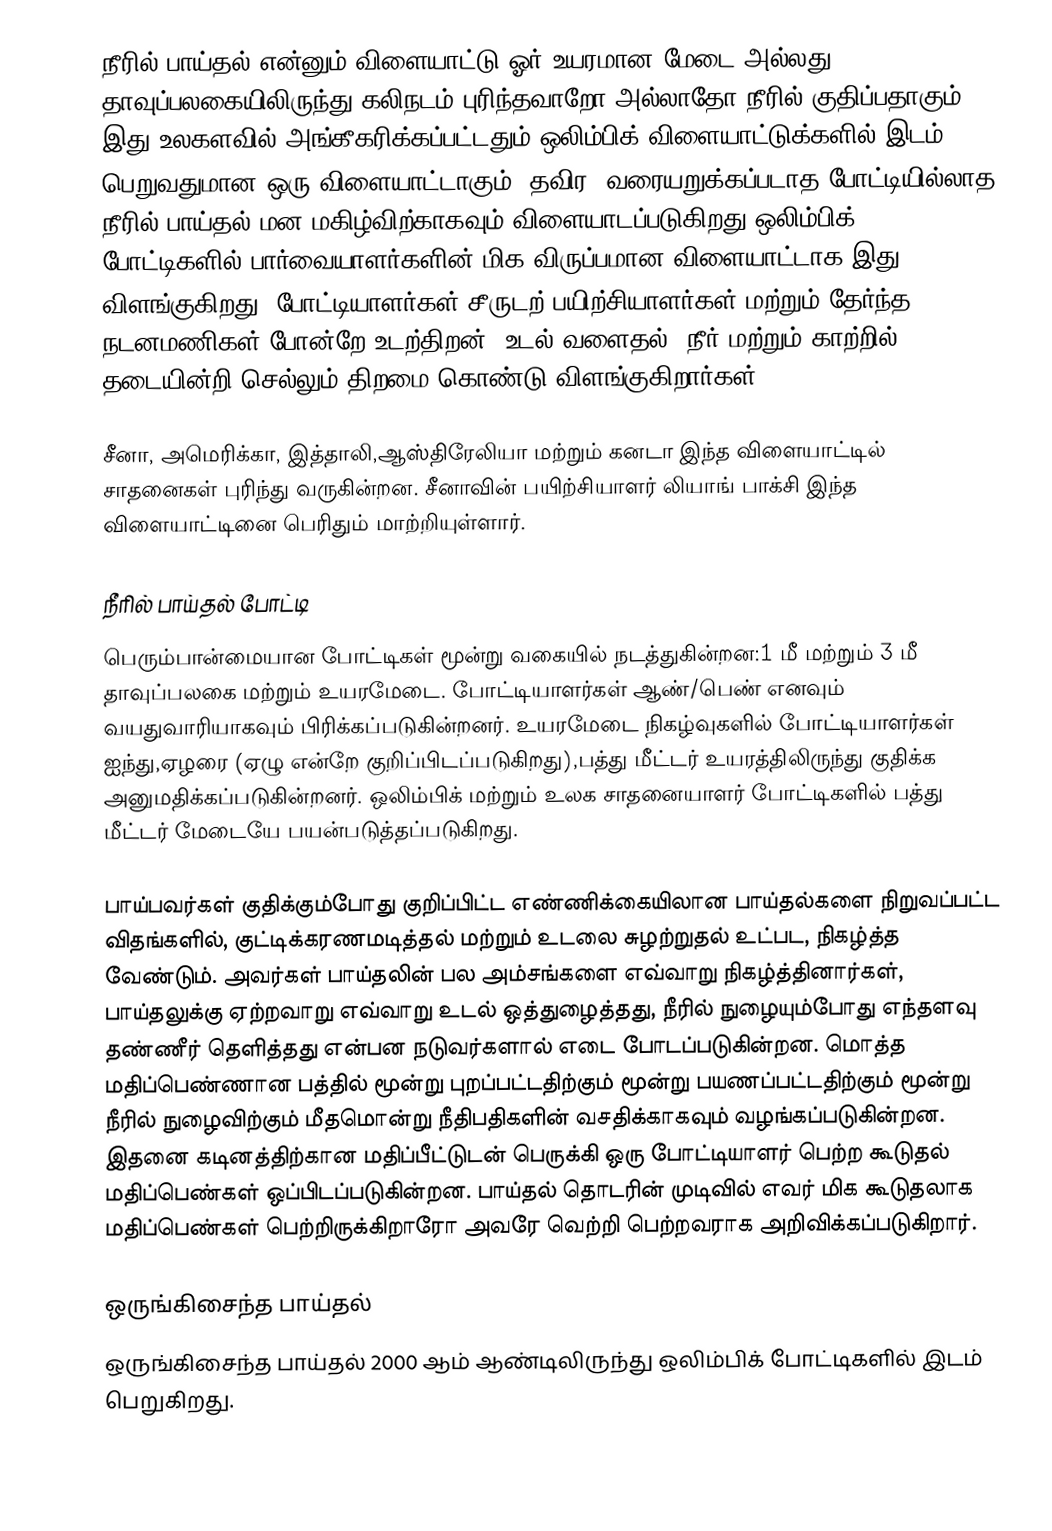
நீரில் பாய்தல் என்னும் விளையாட்டு ஓர் உயரமான மேடை அல்லது தாவுப்பலகையிலிருந்து கலிநடம் புரிந்தவாறோ அல்லாதோ நீரில் குதிப்பதாகும். இது உலகளவில் அங்கீகரிக்கப்பட்டதும் ஒலிம்பிக் விளையாட்டுக்களில் இடம் பெறுவதுமான ஒரு விளையாட்டாகும். தவிர, வரையறுக்கப்படாத போட்டியில்லாத நீரில் பாய்தல் மன மகிழ்விற்காகவும் விளையாடப்படுகிறது.ஒலிம்பிக் போட்டிகளில் பார்வையாளர்களின் மிக விருப்பமான விளையாட்டாக இது விளங்குகிறது. போட்டியாளர்கள் சீருடற் பயிற்சியாளர்கள் மற்றும் தேர்ந்த நடனமணிகள் போன்றே உடற்திறன், உடல் வளைதல், நீர் மற்றும் காற்றில் தடையின்றி செல்லும் திறமை கொண்டு விளங்குகிறார்கள்.

சீனா, அமெரிக்கா, இத்தாலி,ஆஸ்திரேலியா மற்றும் கனடா இந்த விளையாட்டில் சாதனைகள் புரிந்து வருகின்றன. சீனாவின் பயிற்சியாளர் லியாங் பாக்சி இந்த விளையாட்டினை பெரிதும் மாற்றியுள்ளார்.

நீரில் பாய்தல் போட்டி
பெரும்பான்மையான போட்டிகள் மூன்று வகையில் நடத்துகின்றன:1 மீ மற்றும் 3 மீ தாவுப்பலகை மற்றும் உயரமேடை. போட்டியாளர்கள் ஆண்/பெண் எனவும் வயதுவாரியாகவும் பிரிக்கப்படுகின்றனர். உயரமேடை நிகழ்வுகளில் போட்டியாளர்கள் ஐந்து,ஏழரை (ஏழு என்றே குறிப்பிடப்படுகிறது),பத்து மீட்டர் உயரத்திலிருந்து குதிக்க அனுமதிக்கப்படுகின்றனர். ஒலிம்பிக் மற்றும் உலக சாதனையாளர் போட்டிகளில் பத்து மீட்டர் மேடையே பயன்படுத்தப்படுகிறது.

பாய்பவர்கள் குதிக்கும்போது குறிப்பிட்ட எண்ணிக்கையிலான பாய்தல்களை நிறுவப்பட்ட விதங்களில், குட்டிக்கரணமடித்தல் மற்றும் உடலை சுழற்றுதல் உட்பட, நிகழ்த்த வேண்டும். அவர்கள் பாய்தலின் பல அம்சங்களை எவ்வாறு நிகழ்த்தினார்கள், பாய்தலுக்கு ஏற்றவாறு எவ்வாறு உடல் ஒத்துழைத்தது, நீரில் நுழையும்போது எந்தளவு தண்ணீர் தெளித்தது என்பன நடுவர்களால் எடை போடப்படுகின்றன. மொத்த மதிப்பெண்ணான பத்தில் மூன்று புறப்பட்டதிற்கும் மூன்று பயணப்பட்டதிற்கும் மூன்று நீரில் நுழைவிற்கும் மீதமொன்று நீதிபதிகளின் வசதிக்காகவும் வழங்கப்படுகின்றன. இதனை கடினத்திற்கான மதிப்பீட்டுடன் பெருக்கி ஒரு போட்டியாளர் பெற்ற கூடுதல் மதிப்பெண்கள் ஒப்பிடப்படுகின்றன. பாய்தல் தொடரின் முடிவில் எவர் மிக கூடுதலாக மதிப்பெண்கள் பெற்றிருக்கிறாரோ அவரே வெற்றி பெற்றவராக அறிவிக்கப்படுகிறார்.

ஒருங்கிசைந்த பாய்தல்
ஒருங்கிசைந்த பாய்தல் 2000 ஆம் ஆண்டிலிருந்து ஒலிம்பிக் போட்டிகளில் இடம் பெறுகிறது.